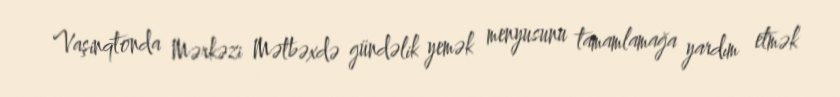
Vaşinqtonda Mərkəzi Mətbəxdə gündəlik yemək menyusunu tamamlamağa yardım etmək